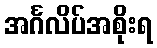
အင်္ဂလိပ်အစိုးရ